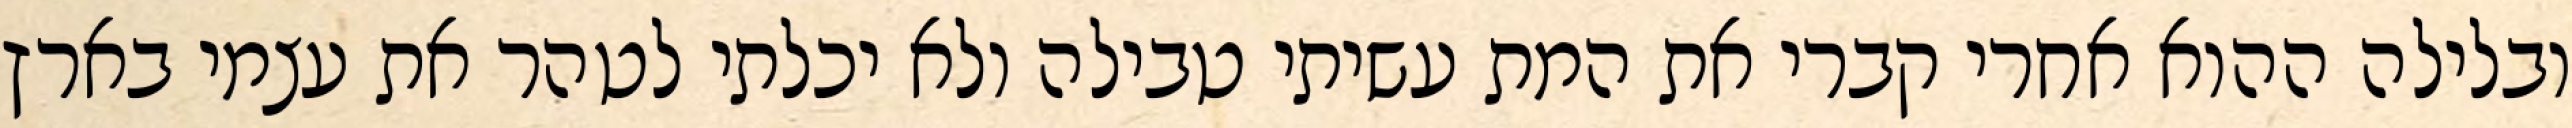
ובלילה ההוא אחרי קברי את המת עשיתי טבילה ולא יכלתי לטהר את עצמי בארץ